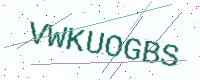
Text: VWKUOGBS